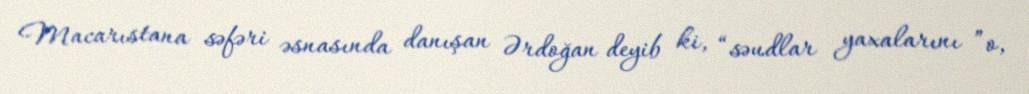
Macarıstana səfəri əsnasında danışan Ərdoğan deyib ki, “səudlar yaxalarını ”o,